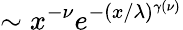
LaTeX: \sim x^{-\nu}e^{-(x/\lambda)^{\gamma(\nu)}}